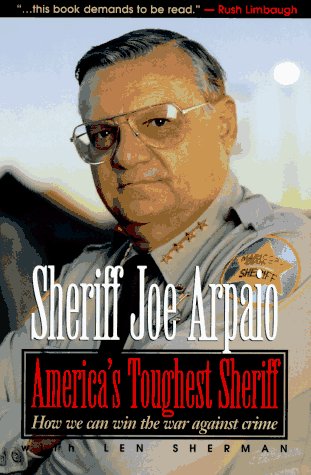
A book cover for America's Toughest Sheriff: How We Can Win the War Against Crime; Sheriff Arpaio; Law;